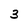
Character: 3